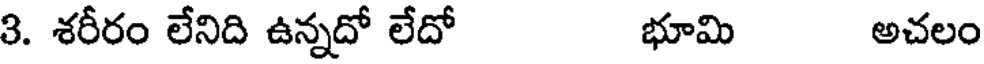
3. శరీరం లేనిది ఉన్నదో లేదో భూమి అచలం